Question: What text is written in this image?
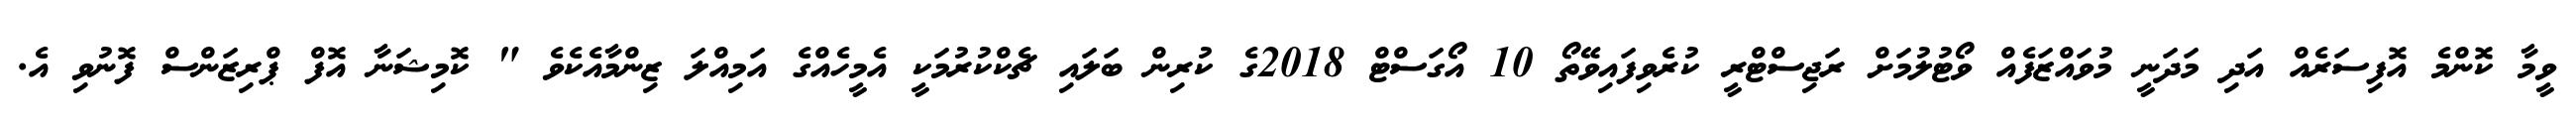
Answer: ވީމާ ކޮންމެ އޮފިސަރެއް އަދި މަދަނީ މުވައްޒަފެއް ވޯޓުލުމަށް ރަޖިސްޓްރީ ކުރެވިފައިވޭތޯ 10 އޯގަސްޓް 2018ގެ ކުރިން ބަލައި ޗެކްކުރުމަކީ އެމީހެއްގެ އަމިއްލަ ޒިންމާއެކެވެ " ކޮމިޝަނާ އޮފް ޕްރިޒަންސް ފޮނުވި އެ.